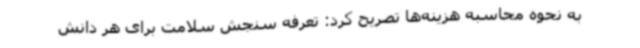
به نحوه محاسبه هزینه‌ها تصریح کرد: تعرفه سنجش سلامت برای هر دانش‌